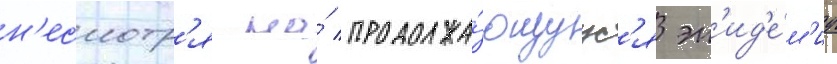
н'есмотр'я на́ продолжа́ющуус'я эп'ид'е́м'иу